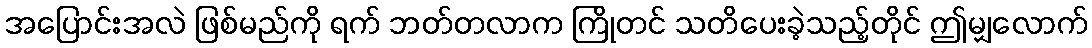
အပြောင်းအလဲ ဖြစ်မည်ကို ရက် ဘတ်တလာက ကြိုတင် သတိပေးခဲ့သည့်တိုင် ဤမျှလောက်